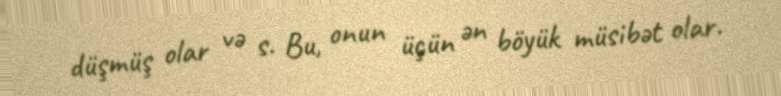
düşmüş olar və s. Bu, onun üçün ən böyük müsibət olar.